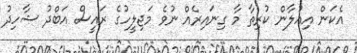
އެކަން އިއުލާން ކުރިތާ މާ ގިނައިރެއް ނުވެ މަޖިލީހުގެ ރައީސް އަބްދު ޝާހިދު